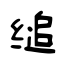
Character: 缒